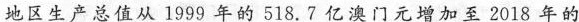
地区生产总值从1999年的518.7亿澳门元增加至2018年的